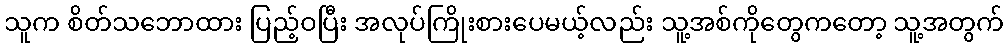
သူက စိတ်သဘောထား ပြည့်ဝပြီး အလုပ်ကြိုးစားပေမယ့်လည်း သူ့အစ်ကိုတွေကတော့ သူ့အတွက်